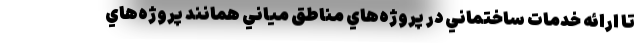
تا ارائه خدمات ساختماني در پروژه‌هاي مناطق مياني همانند پروژه‌هاي